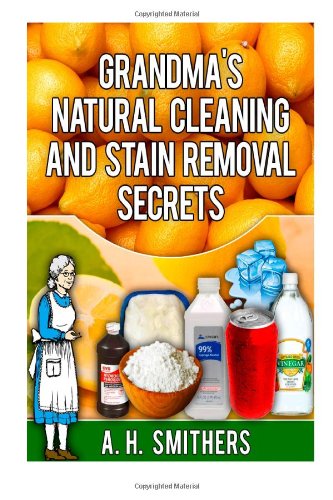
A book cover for Grandma's natural cleaning and stain removal secrets (Grandma's Series); Mr A H Smithers; Crafts, Hobbies & Home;